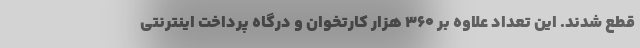
قطع شدند. این تعداد علاوه بر 360 هزار کارتخوان و درگاه پرداخت اینترنتی